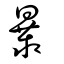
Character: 㬥